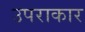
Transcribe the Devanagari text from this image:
उपराकार